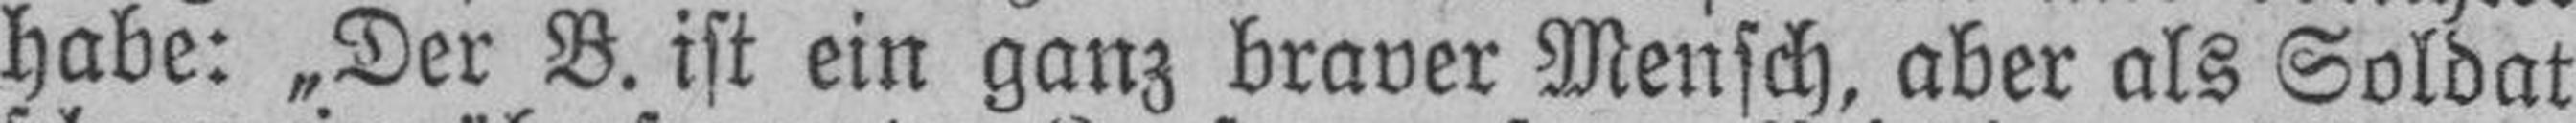
habe: „Der B. ist ein ganz braver Mensch, aber als Soldat